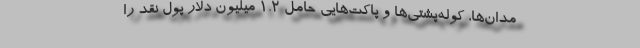
مدان‌ها، کوله‌پشتی‌ها و پاکت‌هایی حامل ۱.۲ میلیون دلار پول نقد را